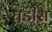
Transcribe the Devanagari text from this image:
घडीस